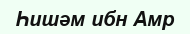
Һишәм ибн Амр